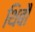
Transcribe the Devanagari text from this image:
थिबौ